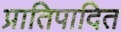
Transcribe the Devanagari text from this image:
प्रातिपादित